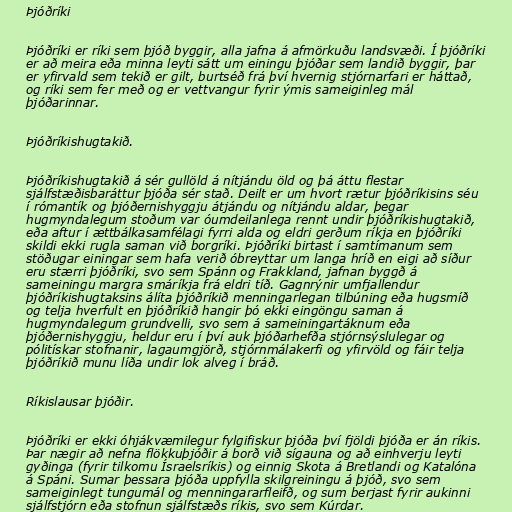
Þjóðríki

Þjóðríki er ríki sem þjóð byggir, alla jafna á afmörkuðu landsvæði. Í þjóðríki
er að meira eða minna leyti sátt um einingu þjóðar sem landið byggir, þar
er yfirvald sem tekið er gilt, burtséð frá því hvernig stjórnarfari er háttað,
og ríki sem fer með og er vettvangur fyrir ýmis sameiginleg mál
þjóðarinnar.

Þjóðríkishugtakið.

Þjóðríkishugtakið á sér gullöld á nítjándu öld og þá áttu flestar
sjálfstæðisbaráttur þjóða sér stað. Deilt er um hvort rætur þjóðríkisins séu
í rómantík og þjóðernishyggju átjándu og nítjándu aldar, þegar
hugmyndalegum stoðum var óumdeilanlega rennt undir þjóðríkishugtakið,
eða aftur í ættbálkasamfélagi fyrri alda og eldri gerðum ríkja en þjóðríki
skildi ekki rugla saman við borgríki. Þjóðríki birtast í samtímanum sem
stöðugar einingar sem hafa verið óbreyttar um langa hríð en eigi að síður
eru stærri þjóðríki, svo sem Spánn og Frakkland, jafnan byggð á
sameiningu margra smáríkja frá eldri tíð. Gagnrýnir umfjallendur
þjóðríkishugtaksins álíta þjóðríkið menningarlegan tilbúning eða hugsmíð
og telja hverfult en þjóðríkið hangir þó ekki eingöngu saman á
hugmyndalegum grundvelli, svo sem á sameiningartáknum eða
þjóðernishyggju, heldur eru í því auk þjóðarhefða stjórnsýslulegar og
pólitískar stofnanir, lagaumgjörð, stjórnmálakerfi og yfirvöld og fáir telja
þjóðríkið munu líða undir lok alveg í bráð.

Ríkislausar þjóðir.

Þjóðríki er ekki óhjákvæmilegur fylgifiskur þjóða því fjöldi þjóða er án ríkis.
Þar nægir að nefna flökkuþjóðir á borð við sígauna og að einhverju leyti
gyðinga (fyrir tilkomu Ísraelsríkis) og einnig Skota á Bretlandi og Katalóna
á Spáni. Sumar þessara þjóða uppfylla skilgreiningu á þjóð, svo sem
sameiginlegt tungumál og menningararfleifð, og sum berjast fyrir aukinni
sjálfstjórn eða stofnun sjálfstæðs ríkis, svo sem Kúrdar.